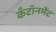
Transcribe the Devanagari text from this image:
कँटॉनमेंट